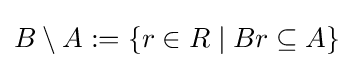
B\setminus A:=\{r\in R\mid Br\subseteq A\}